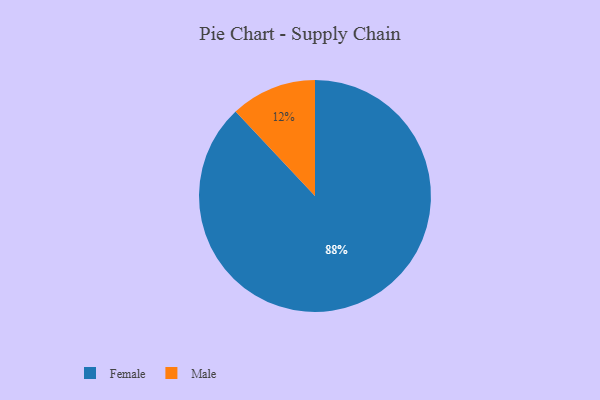
{"axis": {"x": "Category", "y": "Percentage"}, "legend": ["Female", "Male"], "data": [{"x": "Female", "y": 88, "type": "Female"}, {"x": "Male", "y": 12, "type": "Male"}]}